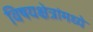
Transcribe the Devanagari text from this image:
विषयक्षेत्रांमध्ये